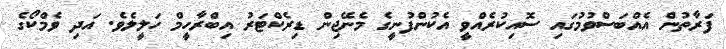
ފަރާތުން އެއްބަސްވުމުގައި ސޮއިކުރެއްވީ އެކުންފުނީގެ މެނޭޖިން ޑިރެކްޓަރު އިބްރާހީމް ހަލީލެވެ. އަދި ވެމްކޯގެ